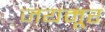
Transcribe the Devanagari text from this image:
जयमूर